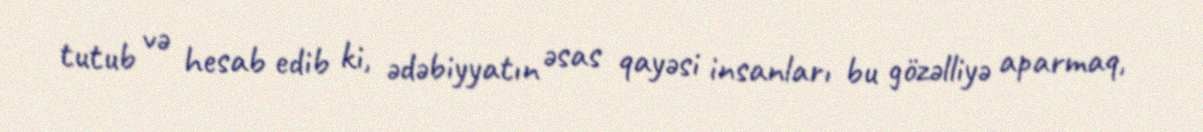
tutub və hesab edib ki, ədəbiyyatın əsas qayəsi insanları bu gözəlliyə aparmaq,